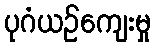
ပုဂံယဉ်ကျေးမှု